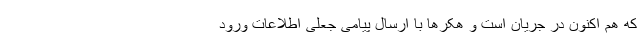
که هم اکنون در جریان است و هکرها با ارسال پیامی جعلی اطلاعات ورود